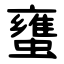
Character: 䗸